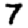
Digit: 7